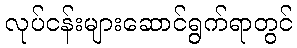
လုပ်ငန်းများဆောင်ရွက်ရာတွင်